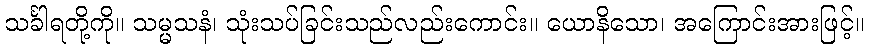
သင်္ခါရတို့ကို။ သမ္မသနံ၊ သုံးသပ်ခြင်းသည်လည်းကောင်း။ ယောနိသော၊ အကြောင်းအားဖြင့်။